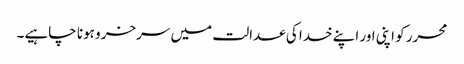
محرر کو اپنی اور اپنے خدا کی عدالت میں سرخرو ہونا چاہیے۔